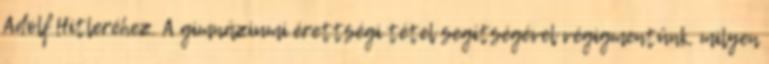
Adolf Hitleréhez. A gimnáziumi érettségi tétel segítségével végigmentünk, milyen